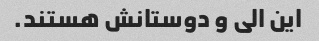
این الی و دوستانش هستند.